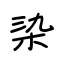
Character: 染